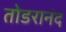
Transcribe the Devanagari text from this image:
तोडरानंद